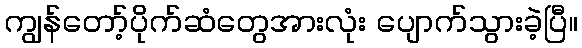
ကျွန်တော့်ပိုက်ဆံတွေအားလုံး ပျောက်သွားခဲ့ပြီ။